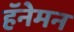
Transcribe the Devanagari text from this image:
हॅनेमन